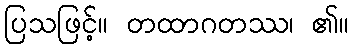
ပြသဖြင့်။ တထာဂတဿ၊ ၏။